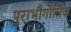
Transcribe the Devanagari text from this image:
पुराभौगोलिक